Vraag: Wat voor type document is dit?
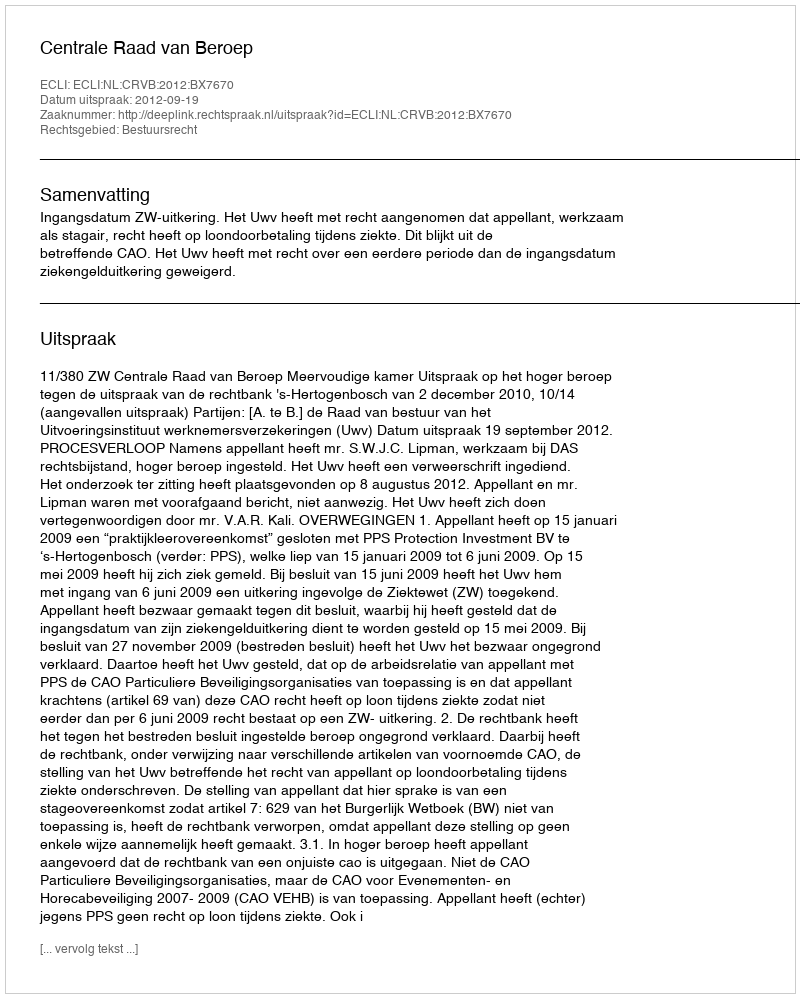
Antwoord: Uitspraak